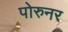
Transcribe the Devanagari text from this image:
पोरुनर